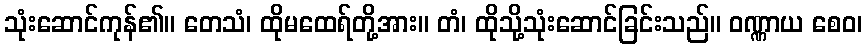
သုံးဆောင်ကုန်၏။ တေသံ၊ ထိုမထေရ်တို့အား။ တံ၊ ထိုသို့သုံးဆောင်ခြင်းသည်။ ဝဏ္ဏာယ စေဝ၊